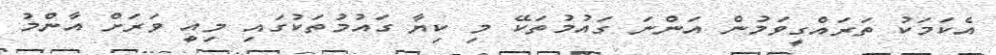
އެކަމަކު ތަރައްގީވަމުން އަންނަ ގައުމުތަކޭ މި ކިޔާ ގައުމުތަކުގައި މިއީ ވަރަށް އާންމު